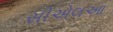
સીએલઆ